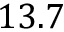
1 3 . 7